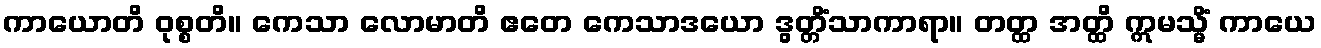
ကာယောတိ ဝုစ္စတိ။ ကေသာ လောမာတိ ဧတေ ကေသာဒယော ဒွတ္တိံသာကာရာ။ တတ္ထ အတ္ထိ ဣမသ္မိံ ကာယေ